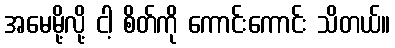
အမေမို့လို့ ငါ့ စိတ်ကို ကောင်းကောင်း သိတယ်။